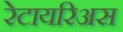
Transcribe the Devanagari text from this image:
रेटायरिअस